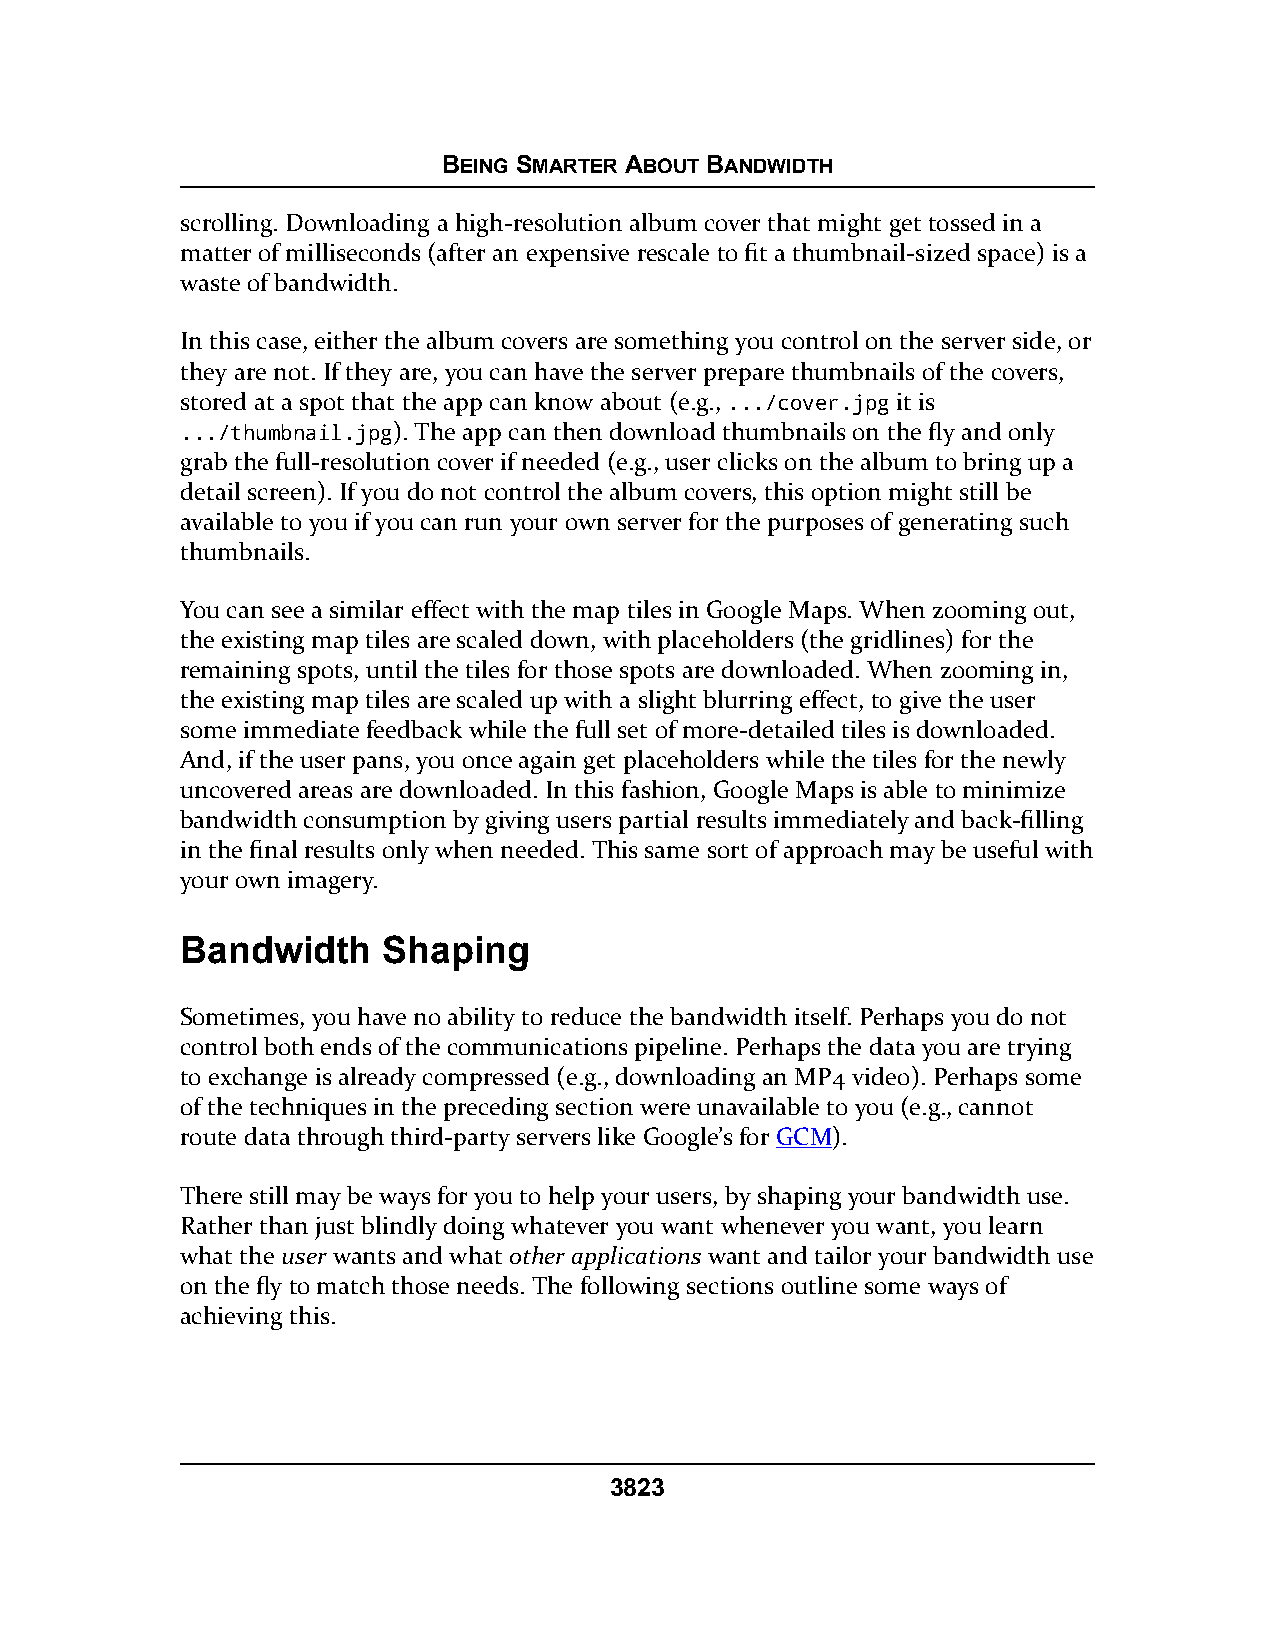
BEING SMARTER ABOUT BANDWIDTH
 scrolling. Downloading a high-resolution album cover that might get tossed in a
 matter of milliseconds (after an expensive rescale to fit a thumbnail-sized space) is a
 waste of bandwidth.
 In this case, either the album covers are something you control on the server side, or
 they are not. If they are, you can have the server prepare thumbnails of the covers,
 stored at a spot that the app can know about (e.g., .../cover.jpg it is
 .../thumbnail.jpg). The app can then download thumbnails on the fly and only
 grab the full-resolution cover if needed (e.g., user clicks on the album to bring up a
 detail screen). If you do not control the album covers, this option might still be
 available to you if you can run your own server for the purposes of generating such
 thumbnails.
 You can see a similar effect with the map tiles in Google Maps. When zooming out,
 the existing map tiles are scaled down, with placeholders (the gridlines) for the
 remaining spots, until the tiles for those spots are downloaded. When zooming in,
 the existing map tiles are scaled up with a slight blurring effect, to give the user
 some immediate feedback while the full set of more-detailed tiles is downloaded.
 And, if the user pans, you once again get placeholders while the tiles for the newly
 uncovered areas are downloaded. In this fashion, Google Maps is able to minimize
 bandwidth consumption by giving users partial results immediately and back-filling
 in the final results only when needed. This same sort of approach may be useful with
 your own imagery.
 Bandwidth    Shaping
 Sometimes, you have no ability to reduce the bandwidth itself. Perhaps you do not
 control both ends of the communications pipeline. Perhaps the data you are trying
 to exchange is already compressed (e.g., downloading an MP4 video). Perhaps some
 of the techniques in the preceding section were unavailable to you (e.g., cannot
 route data through third-party servers like Google’s for GCM).
 There still may be ways for you to help your users, by shaping your bandwidth use.
 Rather than just blindly doing whatever you want whenever you want, you learn
 what the user wants and what other applications want and tailor your bandwidth use
 on the fly to match those needs. The following sections outline some ways of
 achieving this.
 3823